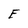
Character: E